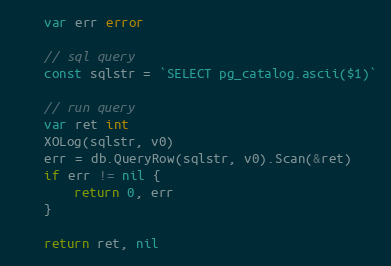
Language: Go
	var err error

	// sql query
	const sqlstr = `SELECT pg_catalog.ascii($1)`

	// run query
	var ret int
	XOLog(sqlstr, v0)
	err = db.QueryRow(sqlstr, v0).Scan(&ret)
	if err != nil {
		return 0, err
	}

	return ret, nil